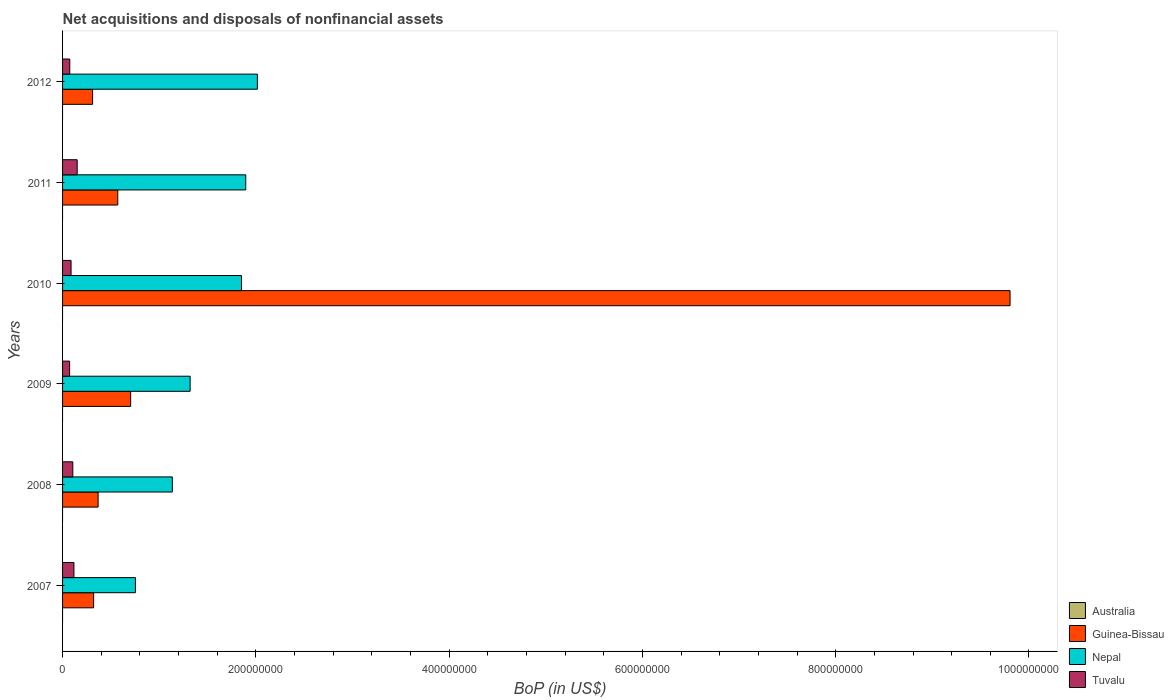
| Years | Australia | Guinea-Bissau | Nepal | Tuvalu |
 | --- | --- | --- | --- | --- |
 | 2007 | -2.02e+08 | 3.21e+07 | 7.54e+07 | 1.18e+07 |
 | 2008 | -3.83e+08 | 3.68e+07 | 1.14e+08 | 1.06e+07 |
 | 2009 | -3.48e+08 | 7.05e+07 | 1.32e+08 | 7.29e+06 |
 | 2010 | -2.87e+08 | 9.8e+08 | 1.85e+08 | 8.8e+06 |
 | 2011 | -3.6e+08 | 5.71e+07 | 1.9e+08 | 1.51e+07 |
 | 2012 | -4.09e+08 | 3.11e+07 | 2.02e+08 | 7.47e+06 |